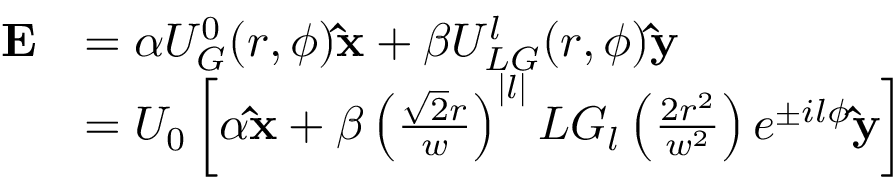
\begin{array} { r l } { \mathbf { E } } & { = \alpha U _ { G } ^ { 0 } ( r , \phi ) \mathbf { \hat { x } } + \beta U _ { L G } ^ { l } ( r , \phi ) \mathbf { \hat { y } } } \\ & { = U _ { 0 } \left[ \alpha \mathbf { \hat { x } } + \beta \left( \frac { \sqrt { 2 } r } { w } \right) ^ { | l | } L G _ { l } \left( \frac { 2 r ^ { 2 } } { w ^ { 2 } } \right) e ^ { \pm i l \phi } \mathbf { \hat { y } } \right] } \end{array}